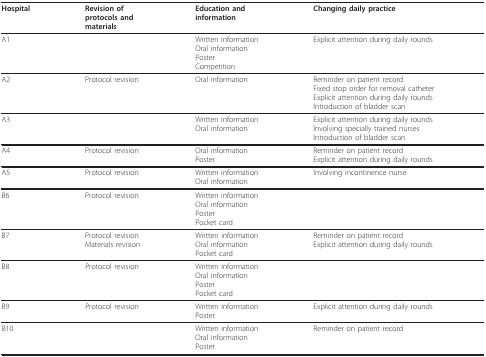
<table><thead><tr><td><b>Hospital</b></td><td><b>Revision ofprotocols andmaterials</b></td><td><b>Education andinformation</b></td><td><b>Changing daily practice</b></td></tr></thead><tbody><tr><td>A1</td><td></td><td>Written informationOral informationPosterCompetition</td><td>Explicit attention during daily rounds</td></tr><tr><td>A2</td><td>Protocol revision</td><td>Oral information</td><td>Reminder on patient recordFixed stop order for removal catheterExplicit attention during daily roundsIntroduction of bladder scan</td></tr><tr><td>A3</td><td></td><td>Written informationOral information</td><td>Explicit attention during daily roundsInvolving specially trained nursesIntroduction of bladder scan</td></tr><tr><td>A4</td><td>Protocol revision</td><td>Oral informationPoster</td><td>Reminder on patient recordExplicit attention during daily rounds</td></tr><tr><td>A5</td><td>Protocol revision</td><td>Written informationOral information</td><td>Involving incontinence nurse</td></tr><tr><td>B6</td><td>Protocol revision</td><td>Written informationOral informationPosterPocket card</td><td></td></tr><tr><td>B7</td><td>Protocol revisionMaterials revision</td><td>Written informationOral informationPocket card</td><td>Reminder on patient recordExplicit attention during daily rounds</td></tr><tr><td>B8</td><td>Protocol revision</td><td>Written informationOral informationPosterPocket card</td><td></td></tr><tr><td>B9</td><td>Protocol revision</td><td>Written informationPoster</td><td>Explicit attention during daily rounds</td></tr><tr><td>B10</td><td></td><td>Written informationOral informationPoster</td><td>Reminder on patient record</td></tr></tbody></table>